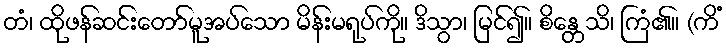
တံ၊ ထိုဖန်ဆင်းတော်မူအပ်သော မိန်းမရုပ်ကို။ ဒိသွာ၊ မြင်၍။ စိန္တေသိ၊ ကြံ၏။ (ကိံ